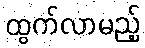
ထွက်လာမည့်